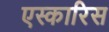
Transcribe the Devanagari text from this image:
एस्कारिस